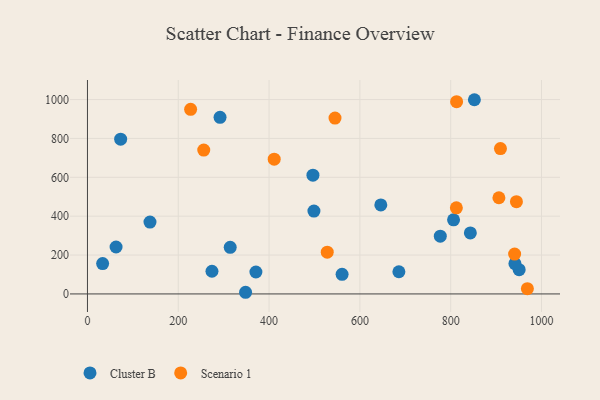
{"axis": {"x": "Price", "y": "Sales"}, "legend": ["Cluster B", "Scenario 1"], "data": [{"x": "73.1", "y": 796.3, "type": "Cluster B"}, {"x": "777.1", "y": 297.0, "type": "Cluster B"}, {"x": "137.7", "y": 369.5, "type": "Cluster B"}, {"x": "33.4", "y": 156.2, "type": "Cluster B"}, {"x": "560.8", "y": 100.8, "type": "Cluster B"}, {"x": "685.9", "y": 114.0, "type": "Cluster B"}, {"x": "292.0", "y": 908.8, "type": "Cluster B"}, {"x": "806.3", "y": 381.0, "type": "Cluster B"}, {"x": "274.2", "y": 116.7, "type": "Cluster B"}, {"x": "646.1", "y": 458.0, "type": "Cluster B"}, {"x": "496.6", "y": 610.7, "type": "Cluster B"}, {"x": "371.0", "y": 112.8, "type": "Cluster B"}, {"x": "498.8", "y": 426.4, "type": "Cluster B"}, {"x": "348.2", "y": 8.5, "type": "Cluster B"}, {"x": "843.3", "y": 313.7, "type": "Cluster B"}, {"x": "950.8", "y": 125.0, "type": "Cluster B"}, {"x": "852.2", "y": 999.1, "type": "Cluster B"}, {"x": "941.5", "y": 156.3, "type": "Cluster B"}, {"x": "63.0", "y": 241.3, "type": "Cluster B"}, {"x": "314.4", "y": 239.7, "type": "Cluster B"}, {"x": "528.1", "y": 214.7, "type": "Scenario 1"}, {"x": "940.8", "y": 205.1, "type": "Scenario 1"}, {"x": "545.2", "y": 904.7, "type": "Scenario 1"}, {"x": "813.0", "y": 989.0, "type": "Scenario 1"}, {"x": "411.3", "y": 693.2, "type": "Scenario 1"}, {"x": "256.1", "y": 740.3, "type": "Scenario 1"}, {"x": "227.2", "y": 949.5, "type": "Scenario 1"}, {"x": "812.5", "y": 442.8, "type": "Scenario 1"}, {"x": "906.2", "y": 494.7, "type": "Scenario 1"}, {"x": "944.8", "y": 474.7, "type": "Scenario 1"}, {"x": "968.9", "y": 27.2, "type": "Scenario 1"}, {"x": "909.6", "y": 747.6, "type": "Scenario 1"}]}